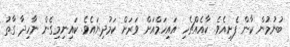
ބުނުމުން ކާން ފެށިއެވެ. ކާއެއްޗެހި އައިހަމްއަށް ވަރަށް ކަމުދިޔައެވެ. ކައިނިމިގެން ނާހިދާ ގާތު